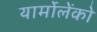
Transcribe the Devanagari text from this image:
यार्मोलेंको